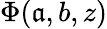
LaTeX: \Phi(\mathfrak{a},b,z)